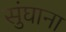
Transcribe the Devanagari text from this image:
सुंघाना